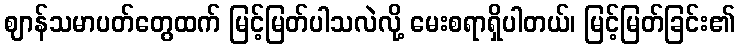
ဈာန်သမာပတ်တွေထက် မြင့်မြတ်ပါသလဲလို့ မေးစရာရှိပါတယ်၊ မြင့်မြတ်ခြင်း၏